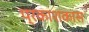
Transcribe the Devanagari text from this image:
प्रकाशकास